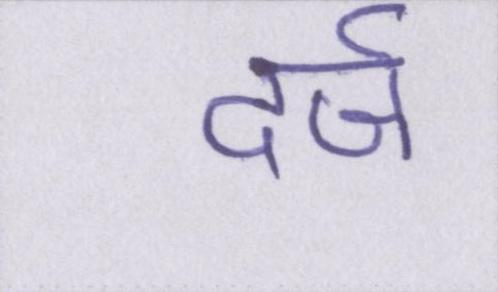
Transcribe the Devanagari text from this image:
दर्ज